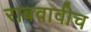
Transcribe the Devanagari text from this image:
राबवावीच